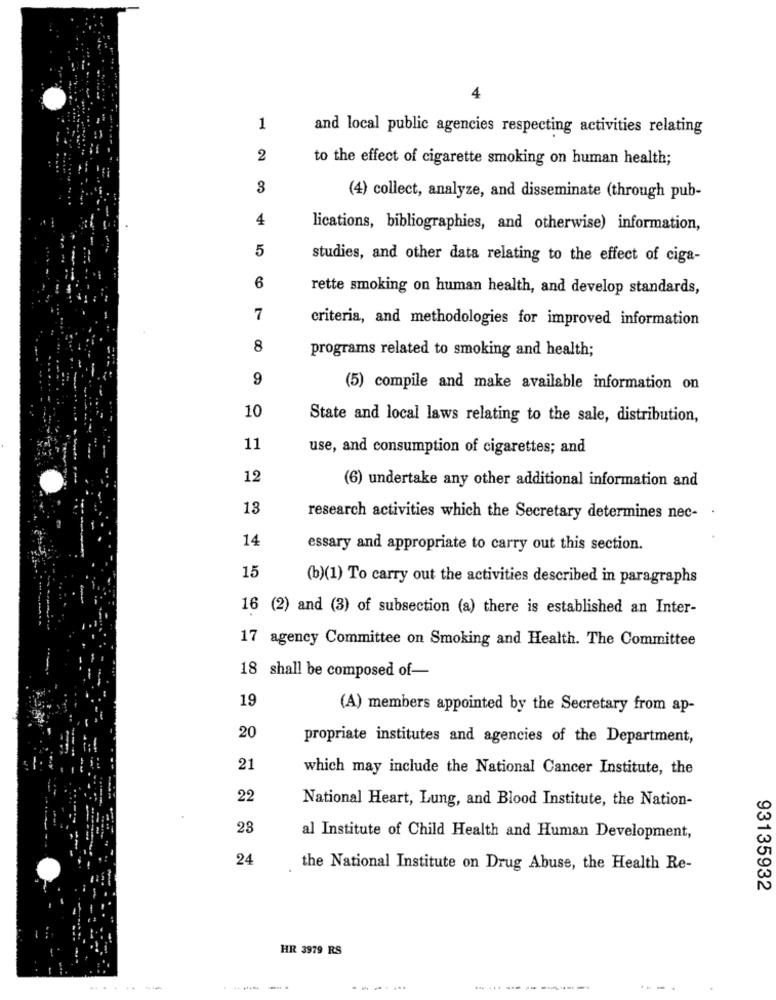
4
1
and local public agencies respecting activities relating
2
to the effect of cigarette smoking on human health;
3
(4) collect, analyze, and disseminate (through pub-
4
lications, bibliographies, and otherwise) information,
5
studies, and other data relating to the effect of ciga-
6
rette smoking on human health, and develop standards,
7
criteria, and methodologies for improved information
8
programs related to smoking and health;
9
(5) compile and make available information on
10
State and local laws relating to the sale, distribution,
11
use, and consumption of cigarettes; and
12
(6) undertake any other additional information and
13
research activities which the Secretary determines nec-
14
essary and appropriate to carry out this section.
15
(b)(1) To carry out the activities described in paragraphs
16 (2) and (3) of subsection (a) there is established an Inter-
17 agency Committee on Smoking and Health. The Committee
18 shall be composed of-
19
(A) members appointed by the Secretary from ap-
20
propriate institutes and agencies of the Department,
21
which may include the National Cancer Institute, the
22
National Heart, Lung, and Blood Institute, the Nation-
23
al Institute of Child Health and Human Development,
24
the National Institute on Drug Abuse, the Health Re-
93135932
HR 3979 RS